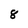
Character: 8